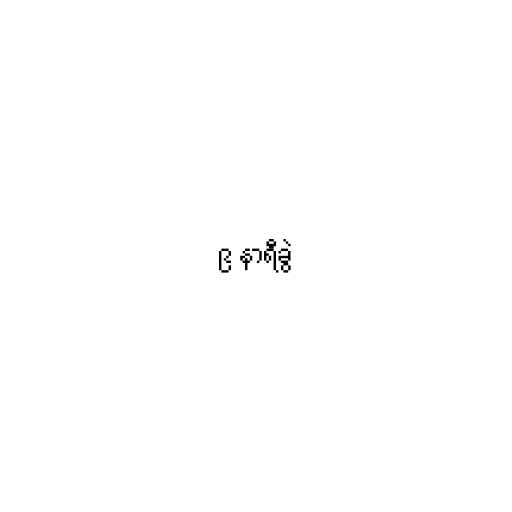
၉ နာရီခွဲ